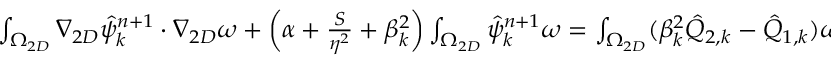
\begin{array} { r l } { \small } & { { } \int _ { \Omega _ { 2 D } } \nabla _ { 2 D } \hat { \psi } _ { k } ^ { n + 1 } \cdot \nabla _ { 2 D } \omega + \left( \alpha + \frac { S } { \eta ^ { 2 } } + \beta _ { k } ^ { 2 } \right) \int _ { \Omega _ { 2 D } } \hat { \psi } _ { k } ^ { n + 1 } \omega = \int _ { \Omega _ { 2 D } } ( \beta _ { k } ^ { 2 } \hat { Q } _ { 2 , k } - \hat { Q } _ { 1 , k } ) \omega + \int _ { \Omega _ { 2 D } } \nabla _ { 2 D } \hat { Q } _ { 2 , k } \cdot \nabla \omega } \end{array}